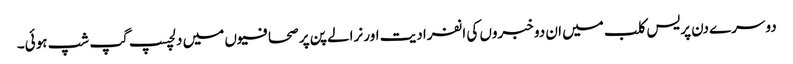
دوسرے دن پریس کلب میں ان دو خبروں کی انفرادیت اور نرالے پن پر صحافیوں میں دلچسپ گپ شپ ہوئی۔